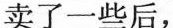
卖了一些后，